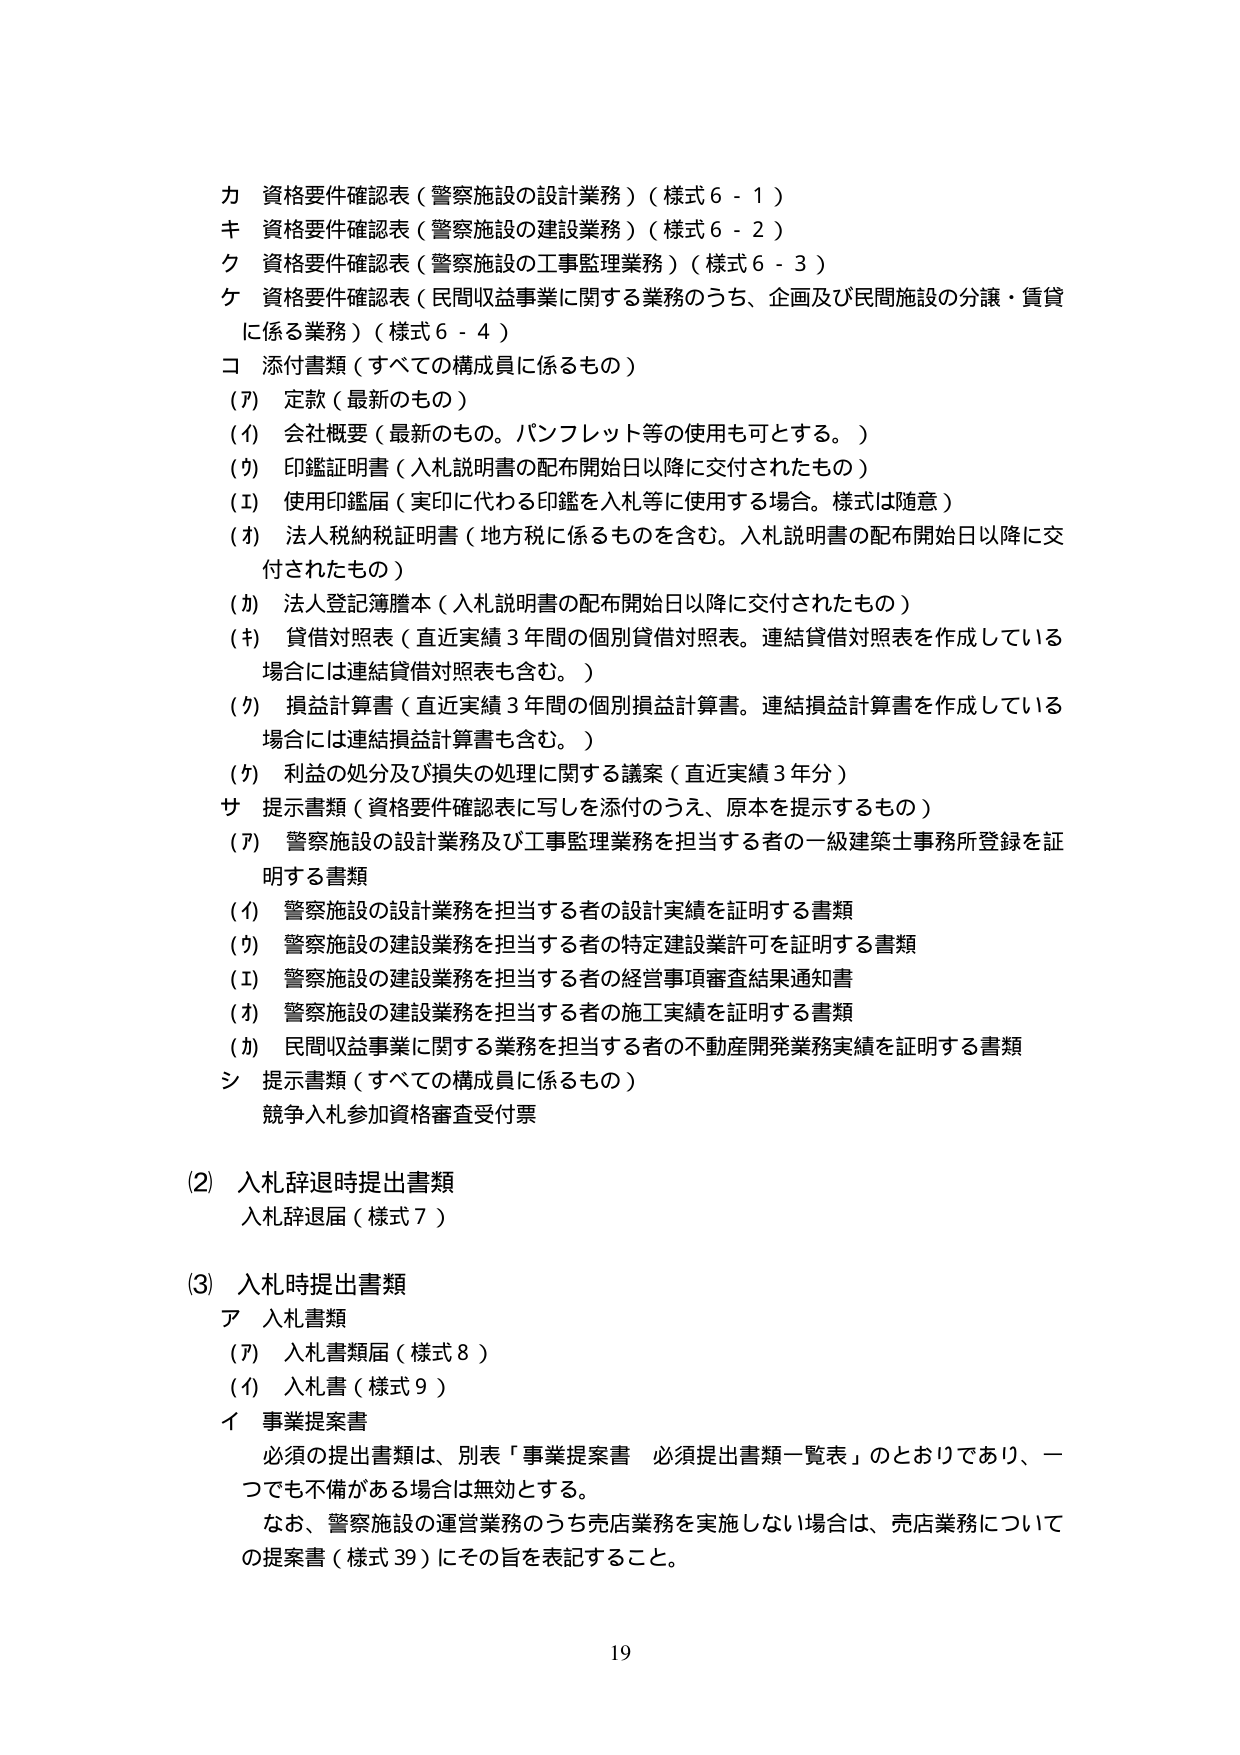
カ 資格要件確認表（警察施設の設計業務）（様式６－１）
キ 資格要件確認表（警察施設の建設業務）（様式６－２）
ク 資格要件確認表（警察施設の工事監理業務）（様式６－３）
ケ 資格要件確認表（民間収益事業に関する業務のうち、企画及び民間施設の分譲・賃貸に係る業務）（様式６－４）
コ 添付書類（すべての構成員に係るもの）
　（ｱ） 定款（最新のもの）
　（ｲ） 会社概要（最新のもの。パンフレット等の使用も可とする。）
　（ｳ） 印鑑証明書（入札説明書の配布開始日以降に交付されたもの）
　（ｴ） 使用印鑑届（実印に代わる印鑑を入札等に使用する場合。様式は随意）
　（ｵ） 法人税納税証明書（地方税に係るものを含む。入札説明書の配布開始日以降に交付されたもの）
　（ｶ） 法人登記簿謄本（入札説明書の配布開始日以降に交付されたもの）
　（ｷ） 貸借対照表（直近実績３年間の個別貸借対照表。連結貸借対照表を作成している場合には連結貸借対照表も含む。）
　（ｸ） 損益計算書（直近実績３年間の個別損益計算書。連結損益計算書を作成している場合には連結損益計算書も含む。）
　（ｹ） 利益の処分及び損失の処理に関する議案（直近実績３年分）
サ 提示書類（資格要件確認表に写しを添付のうえ、原本を提示するもの）
　（ｱ） 警察施設の設計業務及び工事監理業務を担当する者の一級建築士事務所登録を証明する書類
　　（ｲ） 警察施設の設計業務を担当する者の設計実績を証明する書類
　　（ｳ） 警察施設の建設業務を担当する者の特定建設業許可を証明する書類
　　（ｴ） 警察施設の建設業務を担当する者の経営事項審査結果通知書
　　（ｵ） 警察施設の建設業務を担当する者の施工実績を証明する書類
　　（ｶ） 民間収益事業に関する業務を担当する者の不動産開発業務実績を証明する書類
シ 提示書類（すべての構成員に係るもの）
　競争入札参加資格審査受付票

（2） 入札辞退時提出書類
　入札辞退届（様式７）

（3） 入札時提出書類
　ア 入札書類
　　（ｱ） 入札書類届（様式８）
　　（ｲ） 入札書（様式９）
　イ 事業提案書
　　必須の提出書類は、別表「事業提案書 必須提出書類一覧表」のとおりであり、一つでも不備がある場合は無効とする。
　　なお、警察施設の運営業務のうち売店業務を実施しない場合は、売店業務についての提案書（様式39）にその旨を表記すること。

19